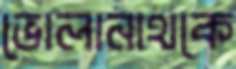
ভোলানাথকে